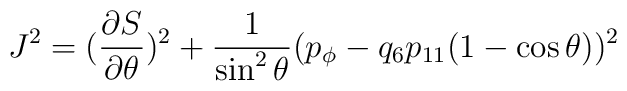
J^2= ({\partial S\over\partial\theta})^2+{1\over\sin^2 \theta}(p_\phi-q_6 p_{11}(1-\cos\theta))^2